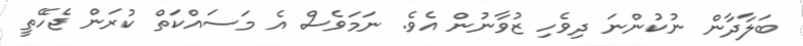
ބަލާދާން ނުކުންނަ ދިވެހި ޒުވާނުން އެވެ. ނަމަވެސް އެ މަސައްކަތް ކުރަން ޖެހޭތީ